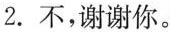
2.不，谢谢你。